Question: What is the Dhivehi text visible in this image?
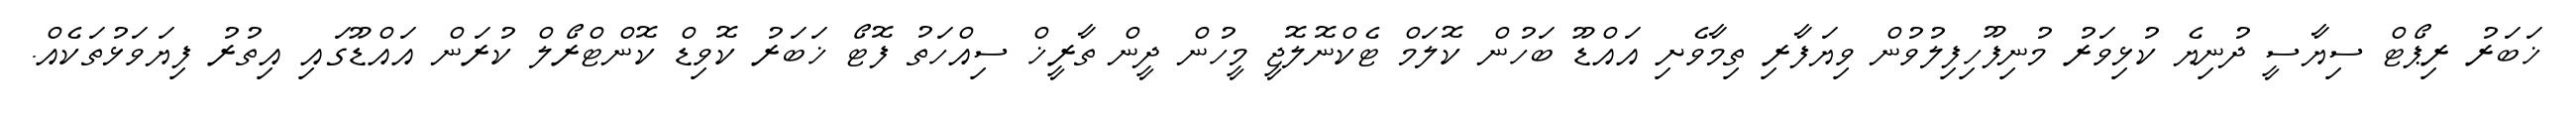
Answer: ޚަބަރު ރިޕޯޓް ސިޔާސީ ދުނިޔެ ކުޅިވަރު މުނިފޫހިފިލުވުން ވިޔަފާރި ތިމާވެށި އައްޑޫ ބަހުން ކޮލަމް ޓެކްނޮލޮޖީ މީހުން ދީން ތާރީޚް ސިއްހަތު ފޮޓޯ ޚަބަރު ކޮވިޑް ކޮންޓްރޯލް ކުރަން އައްޑޫގައި އިތުރު ފިޔަވަޅުތަކެއް.